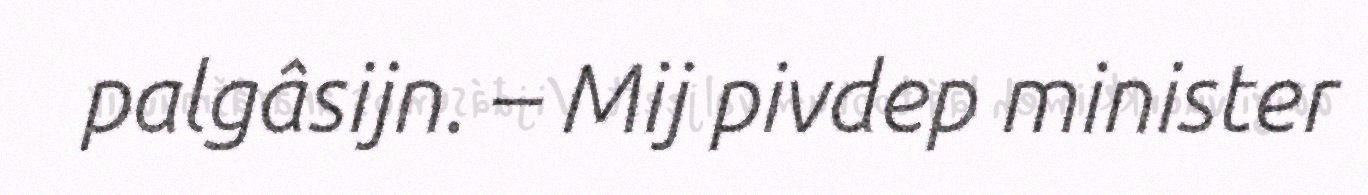
palgâsijn. – Mij pivdep minister